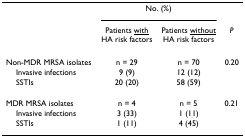
|  | <COLSPAN=2> No. (%) |  |
 |  | Patients <underline>with</underline>HA risk factors | Patients <underline>without</underline>HA risk factors | P |
 | --- | --- | --- | --- |
 | Non-MDR MRSA isolates | n = 29 | n = 70 | 0.20 |
 | Invasive infections | 9 (9) | 12 (12) |  |
 | SSTIs | 20 (20) | 58 (59) |  |
 | MDR MRSA isolates | n = 4 | n = 5 | 0.21 |
 | Invasive infections | 3 (33) | 1 (11) |  |
 | SSTIs | 1 (11) | 4 (45) |  |